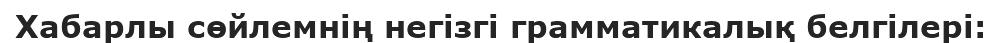
Хабарлы сөйлемнің негізгі грамматикалық белгілері: